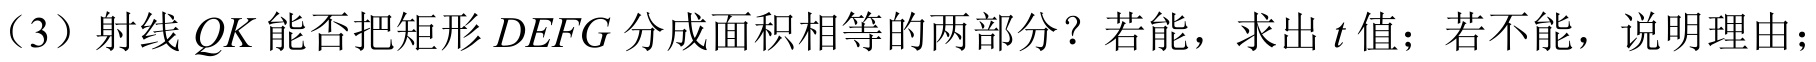
（3）射线\(QK\)能否把矩形\(DEFG\)分成面积相等的两部分？若能，求出\(t\)值；若不能，说明理由；